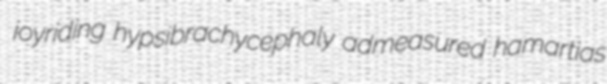
joyriding hypsibrachycephaly admeasured hamartias